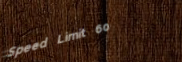
Speed Limit 60